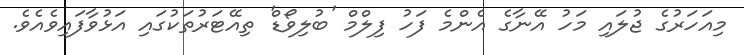
މިއަހަރުގެ ޖުލައި މަހު އޭނާގެ އެންމެ ފަހު ފިލްމް 'ބުލިވޯޑް' ތިއޭޓަރުތަކުގައި އަޅުވާފައިވެއެވެ.